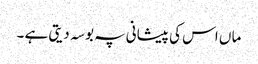
ما ں اس کی پیشانی پہ بوسہ دیتی ہے ۔